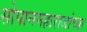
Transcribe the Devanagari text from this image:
सोपानमहाराजांच्या